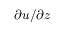
\partial u / \partial z